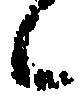
候